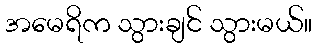
အမေရိက သွားချင် သွားမယ်။